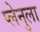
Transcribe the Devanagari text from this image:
प्लेनुला